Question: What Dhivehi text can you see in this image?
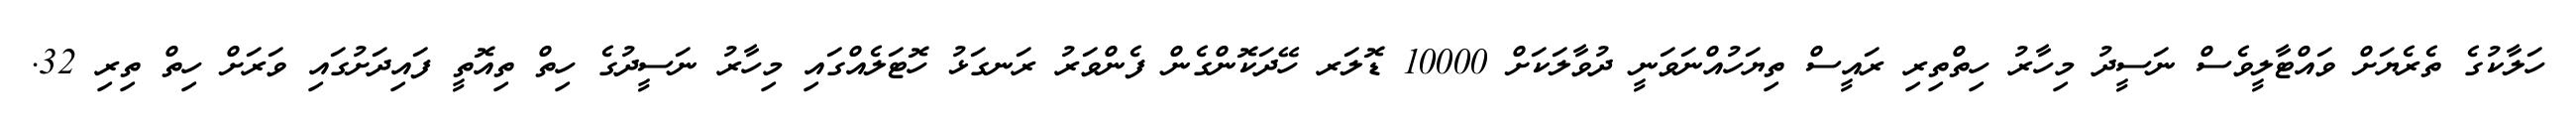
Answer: ހަލާކުގެ ތެރެޔަށް ވައްޓާލީވެސް ނަސީދު މިހާރު ހިތްތިރި ރައީސް ތިޔަހުއްނަވަނީ ދުވާލަކަށް 10000 ޑޮލަރ ހޭދަކޮންގެން ފެންވަރު ރަނގަޅު ހޮޓަލެއްގައި މިހާރު ނަސީދުގެ ހިތް ތިއޮތީ ފައިދަށުގައި ވަރަށް ހިތް ތިރި 32.